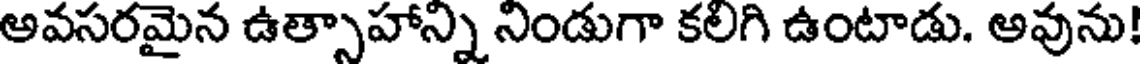
అవసరమైన ఉత్సాహాన్ని నిండుగా కలిగి ఉంటాడు. అవును!